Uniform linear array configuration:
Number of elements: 64
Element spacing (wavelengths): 1
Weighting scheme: uniform
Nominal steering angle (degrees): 15
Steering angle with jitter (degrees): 16.7
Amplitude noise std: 0.05
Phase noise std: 0.05

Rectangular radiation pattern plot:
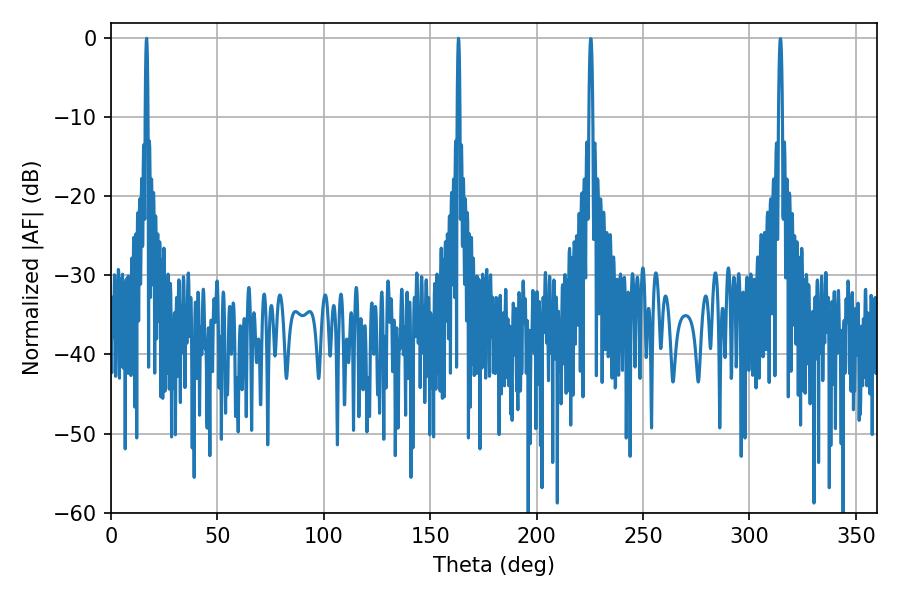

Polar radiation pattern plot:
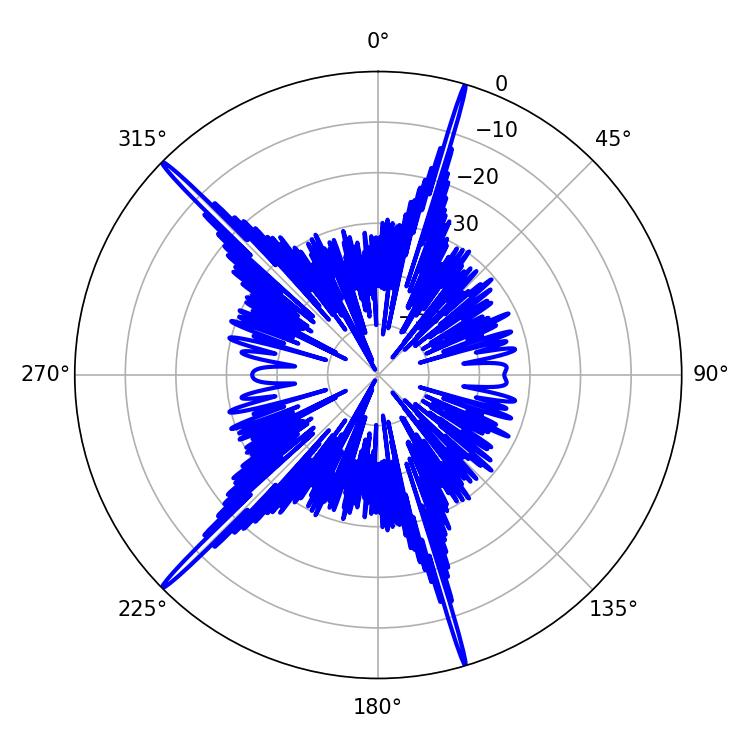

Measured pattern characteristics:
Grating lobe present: TRUE
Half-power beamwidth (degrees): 0.72
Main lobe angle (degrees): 16.74